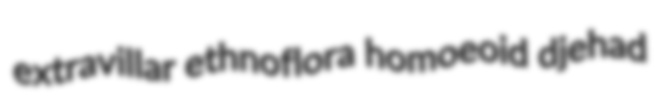
extravillar ethnoflora homoeoid djehad